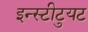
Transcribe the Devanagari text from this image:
इन्स्टीटुयट